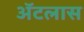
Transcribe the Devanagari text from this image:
अॅटलास